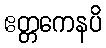
ဧတ္တကေနပိ